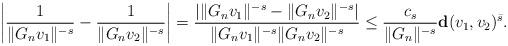
LaTeX: \begin{align*} \left| \frac{1}{\|G_n v_1\|^{-s}} - \frac{1}{\|G_n v_2\|^{-s}} \right| = \frac{ \left| \|G_n v_1\|^{-s} - \|G_n v_2\|^{-s} \right| }{ \|G_n v_1\|^{-s} \|G_n v_2\|^{-s} }\leq \frac{c_s}{ \|G_n\|^{-s} } \mathbf{d}(v_1, v_2)^{\bar{s}}. \end{align*}